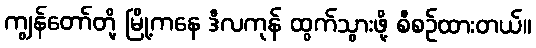
ကျွန်တော်တို့ မြို့ကနေ ဒီလကုန် ထွက်သွားဖို့ စီစဉ်ထားတယ်။